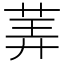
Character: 𰱂